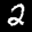
Label: 2